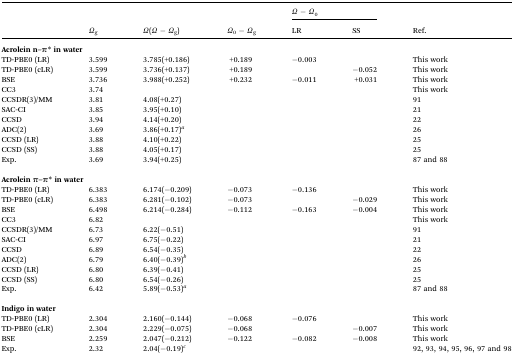
<table><thead><tr><td rowspan="2"></td><td rowspan="2"><b><i>Ω</i><sub>g</sub></b></td><td rowspan="2"><b><i>Ω</i>(<i>Ω</i> – <i>Ω</i><sub>g</sub>)</b></td><td rowspan="2"><b><i>Ω</i><sub>0</sub> – <i>Ω</i><sub>g</sub></b></td><td colspan="2"><b><i>Ω</i> – <i>Ω</i><sub>0</sub></b></td><td rowspan="2"><b>Ref.</b></td></tr><tr><td><b>LR</b></td><td><b>SS</b></td></tr></thead><tbody><tr><td colspan="7"><b>Acrolein n–π* in water</b></td></tr><tr><td>TD-PBE0 (LR)</td><td>3.599</td><td>3.785(+0.186)</td><td>+0.189</td><td>–0.003</td><td></td><td>This work</td></tr><tr><td>TD-PBE0 (cLR)</td><td>3.599</td><td>3.736(+0.137)</td><td>+0.189</td><td></td><td>–0.052</td><td>This work</td></tr><tr><td>BSE</td><td>3.736</td><td>3.988(+0.252)</td><td>+0.232</td><td>–0.011</td><td>+0.031</td><td>This work</td></tr><tr><td>CC3</td><td>3.74</td><td></td><td></td><td></td><td></td><td>This work</td></tr><tr><td>CCSDR(3)/MM</td><td>3.81</td><td>4.08(+0.27)</td><td></td><td></td><td></td><td>91</td></tr><tr><td>SAC-CI</td><td>3.85</td><td>3.95(+0.10)</td><td></td><td></td><td></td><td>21</td></tr><tr><td>CCSD</td><td>3.94</td><td>4.14(+0.20)</td><td></td><td></td><td></td><td>22</td></tr><tr><td>ADC(2)</td><td>3.69</td><td>3.86(+0.17)<sup><i>a</i></sup></td><td></td><td></td><td></td><td>26</td></tr><tr><td>CCSD (LR)</td><td>3.88</td><td>4.10(+0.22)</td><td></td><td></td><td></td><td>25</td></tr><tr><td>CCSD (SS)</td><td>3.88</td><td>4.05(+0.17)</td><td></td><td></td><td></td><td>25</td></tr><tr><td>Exp.</td><td>3.69</td><td>3.94(+0.25)</td><td></td><td></td><td></td><td>87 and 88</td></tr><tr><td colspan="7"> </td></tr><tr><td colspan="7"><b>Acrolein π–π* in water</b></td></tr><tr><td>TD-PBE0 (LR)</td><td>6.383</td><td>6.174(–0.209)</td><td>–0.073</td><td>–0.136</td><td></td><td>This work</td></tr><tr><td>TD-PBE0 (cLR)</td><td>6.383</td><td>6.281(–0.102)</td><td>–0.073</td><td></td><td>–0.029</td><td>This work</td></tr><tr><td>BSE</td><td>6.498</td><td>6.214(–0.284)</td><td>–0.112</td><td>–0.163</td><td>–0.004</td><td>This work</td></tr><tr><td>CC3</td><td>6.82</td><td></td><td></td><td></td><td></td><td>This work</td></tr><tr><td>CCSDR(3)/MM</td><td>6.73</td><td>6.22(–0.51)</td><td></td><td></td><td></td><td>91</td></tr><tr><td>SAC-CI</td><td>6.97</td><td>6.75(–0.22)</td><td></td><td></td><td></td><td>21</td></tr><tr><td>CCSD</td><td>6.89</td><td>6.54(–0.35)</td><td></td><td></td><td></td><td>22</td></tr><tr><td>ADC(2)</td><td>6.79</td><td>6.40(–0.39)<sup><i>b</i></sup></td><td></td><td></td><td></td><td>26</td></tr><tr><td>CCSD (LR)</td><td>6.80</td><td>6.39(–0.41)</td><td></td><td></td><td></td><td>25</td></tr><tr><td>CCSD (SS)</td><td>6.80</td><td>6.54(–0.26)</td><td></td><td></td><td></td><td>25</td></tr><tr><td>Exp.</td><td>6.42</td><td>5.89(–0.53)<sup><i>a</i></sup></td><td></td><td></td><td></td><td>87 and 88</td></tr><tr><td colspan="7"> </td></tr><tr><td colspan="7"><b>Indigo in water</b></td></tr><tr><td>TD-PBE0 (LR)</td><td>2.304</td><td>2.160(–0.144)</td><td>–0.068</td><td>–0.076</td><td></td><td>This work</td></tr><tr><td>TD-PBE0 (cLR)</td><td>2.304</td><td>2.229(–0.075)</td><td>–0.068</td><td></td><td>–0.007</td><td>This work</td></tr><tr><td>BSE</td><td>2.259</td><td>2.047(–0.212)</td><td>–0.122</td><td>–0.082</td><td>–0.008</td><td>This work</td></tr><tr><td>Exp.</td><td>2.32</td><td>2.04(–0.19)<sup><i>c</i></sup></td><td></td><td></td><td></td><td>92, 93, 94, 95, 96, 97 and 98</td></tr></tbody></table>